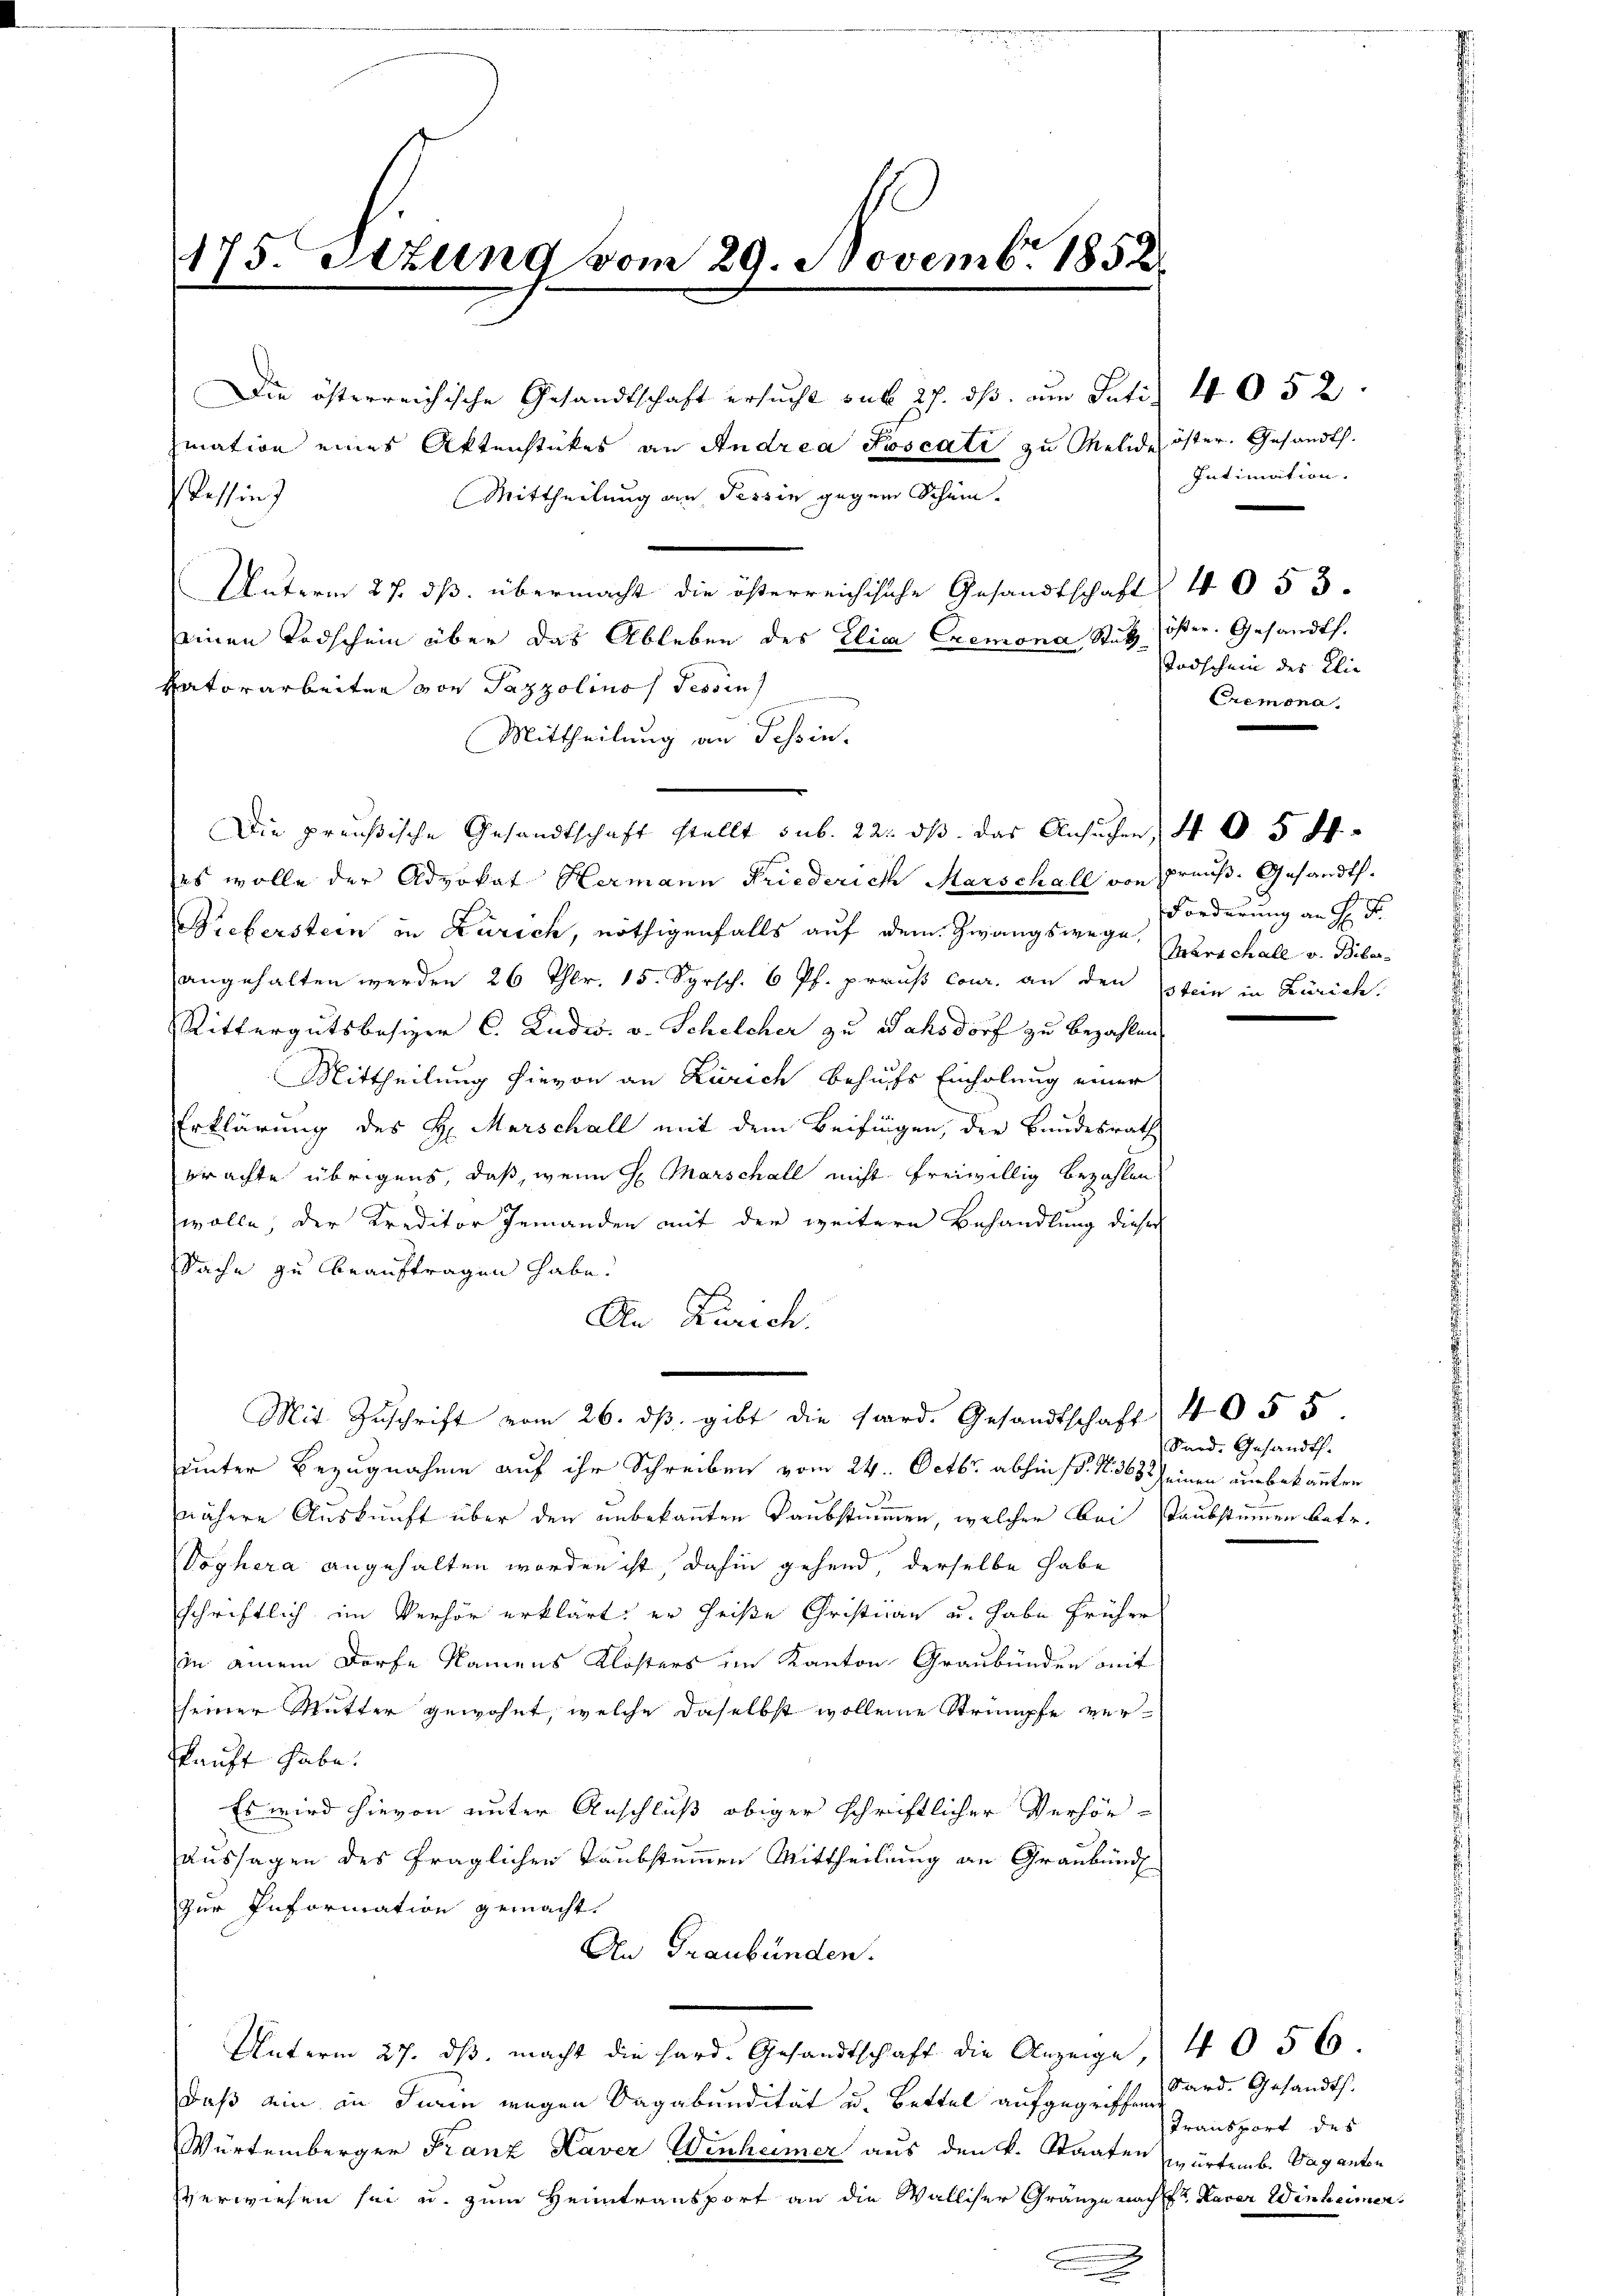
175. Sitzung vom 29. Novemb. 1852.

Die österreichische Gesandtschaft ersucht sub 27. ds. am Satis 4052
ziation eines Aktenstückes an Andrea Poscati zu Melide öster. Gesandt.
Mittheilung an Tessin gegen Schein¬
Ressin
Unterm 27. ds. übermacht die österreichische Gesandtschaft 4053.
seinen Todschein über das Ableben des Elica Cremona, Stut
Hatorarbeiten von Pazzolinas Tessin
Mittheilung an Tessin.
(es wolle der Advokat Hermann Friederich Marschall von Preuß. Gesandt.
Bieberstein in Zürich, nöthigenfalls auf dem Zwangswege, Zerschall v. Biberangehalten werden 26 Thlr. 15. Syrsch. 6 Pf. prauß Conr. an den kein in Zürich.
Rittergutsbesizer C. Ludws. v. Schelcher zu Sahsdorf zu bezahlen.
Mittheilung hievon an Zürich behufs Einholung einer
Erklärung des H. Marschall mit dem Beifingen, der Bundesrath
brachte übrigens, daß, wenn H. Marschall nicht freiwillig bezahlen
wolle, der Kreditor Jemanden mit der weitere Behandlung dieser
Sache zu beauftragen habe.
An Zürich.
Mit Zŭschrift vom 26. dβ. gibt die sord. Gesandtschaft 4055
unter Bezugnahme auf ihr Schreiben vom 24. Octbr. abhin (d. N. 363 seinen ausbekannten
nähere Auskunft über den unbekannten Taubstimmen, welcher Bei Taubstimmen betr.
Voghera angehalten worden ist, dahin gehend, derselbe habe
schriftlich im Verhör erklärt: er heiße Christnau u. habe früher
in einem Dorfe Namens Klosters im Kanton Graubünden mit
seiner Mutter gewohnt, welche daselbst wolleine Strümpfe verkauft habe.
Es wird hievon unter Anschluß obiger schriftlicher Verhör-
aussagen des fraglichen Taubstummen Mittheilung an Graubünd
zur Information gemacht.
An Graubünden.
Unterm 27. dβ. macht die Hard. Gesandtschaft die Anzeige, 405 f
daß ein in darin wegen Sagabundität u. Bettel aufgegriffend ard. Gesandts.
Würtemberger Franz Kaver Winheimer aus den k. Staaten würtemb. Vaganten
verwiesen sei u. zum Heimtransport an die Walliser Gränze nacht Kaver Winheimer

Die preußische Gesandtschaft stellt sub. 22. ds. das Ansuchen, 405 ff

Intimation.
ößter. Gesandt.
Todschein des Klie
Cremona

Forderung an H: Dr.

Sard. Gesandts.

Transport des